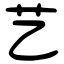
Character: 艺